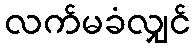
လက်မခံလျှင်